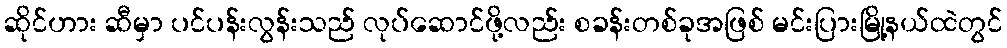
ဆိုင်ဟား ဆီမှာ ပင်ပန်းလွန်းသည် လုပ်ဆောင်ဖို့လည်း စခန်းတစ်ခုအဖြစ် မင်းပြားမြို့နယ်ထဲတွင်